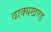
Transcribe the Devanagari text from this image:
वाक्यखण्ड